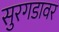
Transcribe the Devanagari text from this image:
सुरगडावर